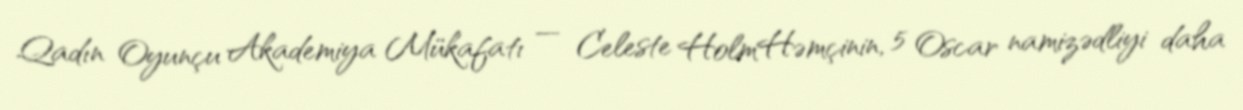
Qadın Oyunçu Akademiya Mükafatı — Celeste HolmHəmçinin, 5 Oscar namizədliyi daha